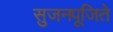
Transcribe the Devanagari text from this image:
सुजनपूजिते